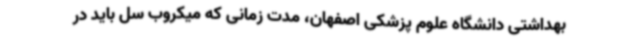
بهداشتی دانشگاه علوم پزشکی اصفهان، مدت زمانی که میکروب سل باید در